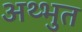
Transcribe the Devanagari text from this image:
अथ्भुत